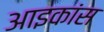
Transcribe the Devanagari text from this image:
आइकांस